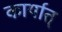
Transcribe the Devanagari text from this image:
कार्यात्